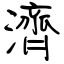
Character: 濟